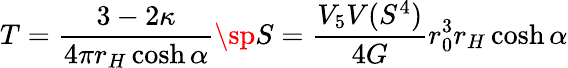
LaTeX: T=\frac{3-2\kappa}{4\pi r_{H}\cosh\alpha}\sp S=\frac{V_{5}V(S^{4})}{4G}r_{0}^{3}r_{H}\cosh\alpha